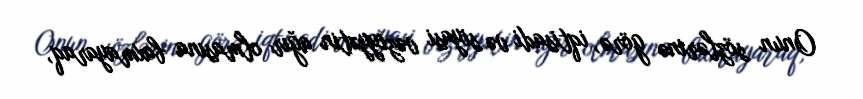
Onun sözlərinə görə, iqtisadi və siyasi vəziyyətin ağır olmasına baxmayaraq,